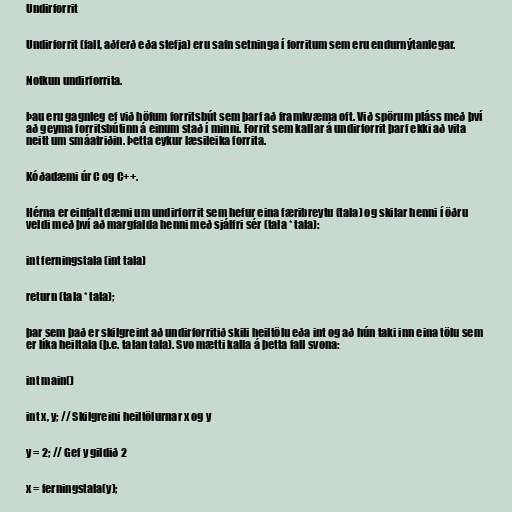
Undirforrit

Undirforrit (fall, aðferð eða stefja) eru safn setninga í forritum sem eru endurnýtanlegar.

Notkun undirforrita.

Þau eru gagnleg ef við höfum forritsbút sem þarf að framkvæma oft. Við spörum pláss með því
að geyma forritsbútinn á einum stað í minni. Forrit sem kallar á undirforrit þarf ekki að vita
neitt um smáatriðin. Þetta eykur læsileika forrita.

Kóðadæmi úr C og C++.

Hérna er einfalt dæmi um undirforrit sem hefur eina færibreytu (tala) og skilar henni í öðru
veldi með því að margfalda henni með sjálfri sér (tala * tala):

int ferningstala (int tala)

return (tala * tala);

þar sem það er skilgreint að undirforritið skili heiltölu eða int og að hún taki inn eina tölu sem
er líka heiltala (þ.e. talan tala). Svo mætti kalla á þetta fall svona:

int main()

int x, y; // Skilgreini heiltölurnar x og y

y = 2; // Gef y gildið 2

x = ferningstala(y);